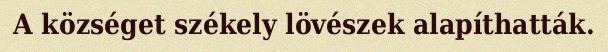
A községet székely lövészek alapíthatták.